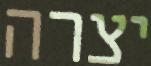
יצרה